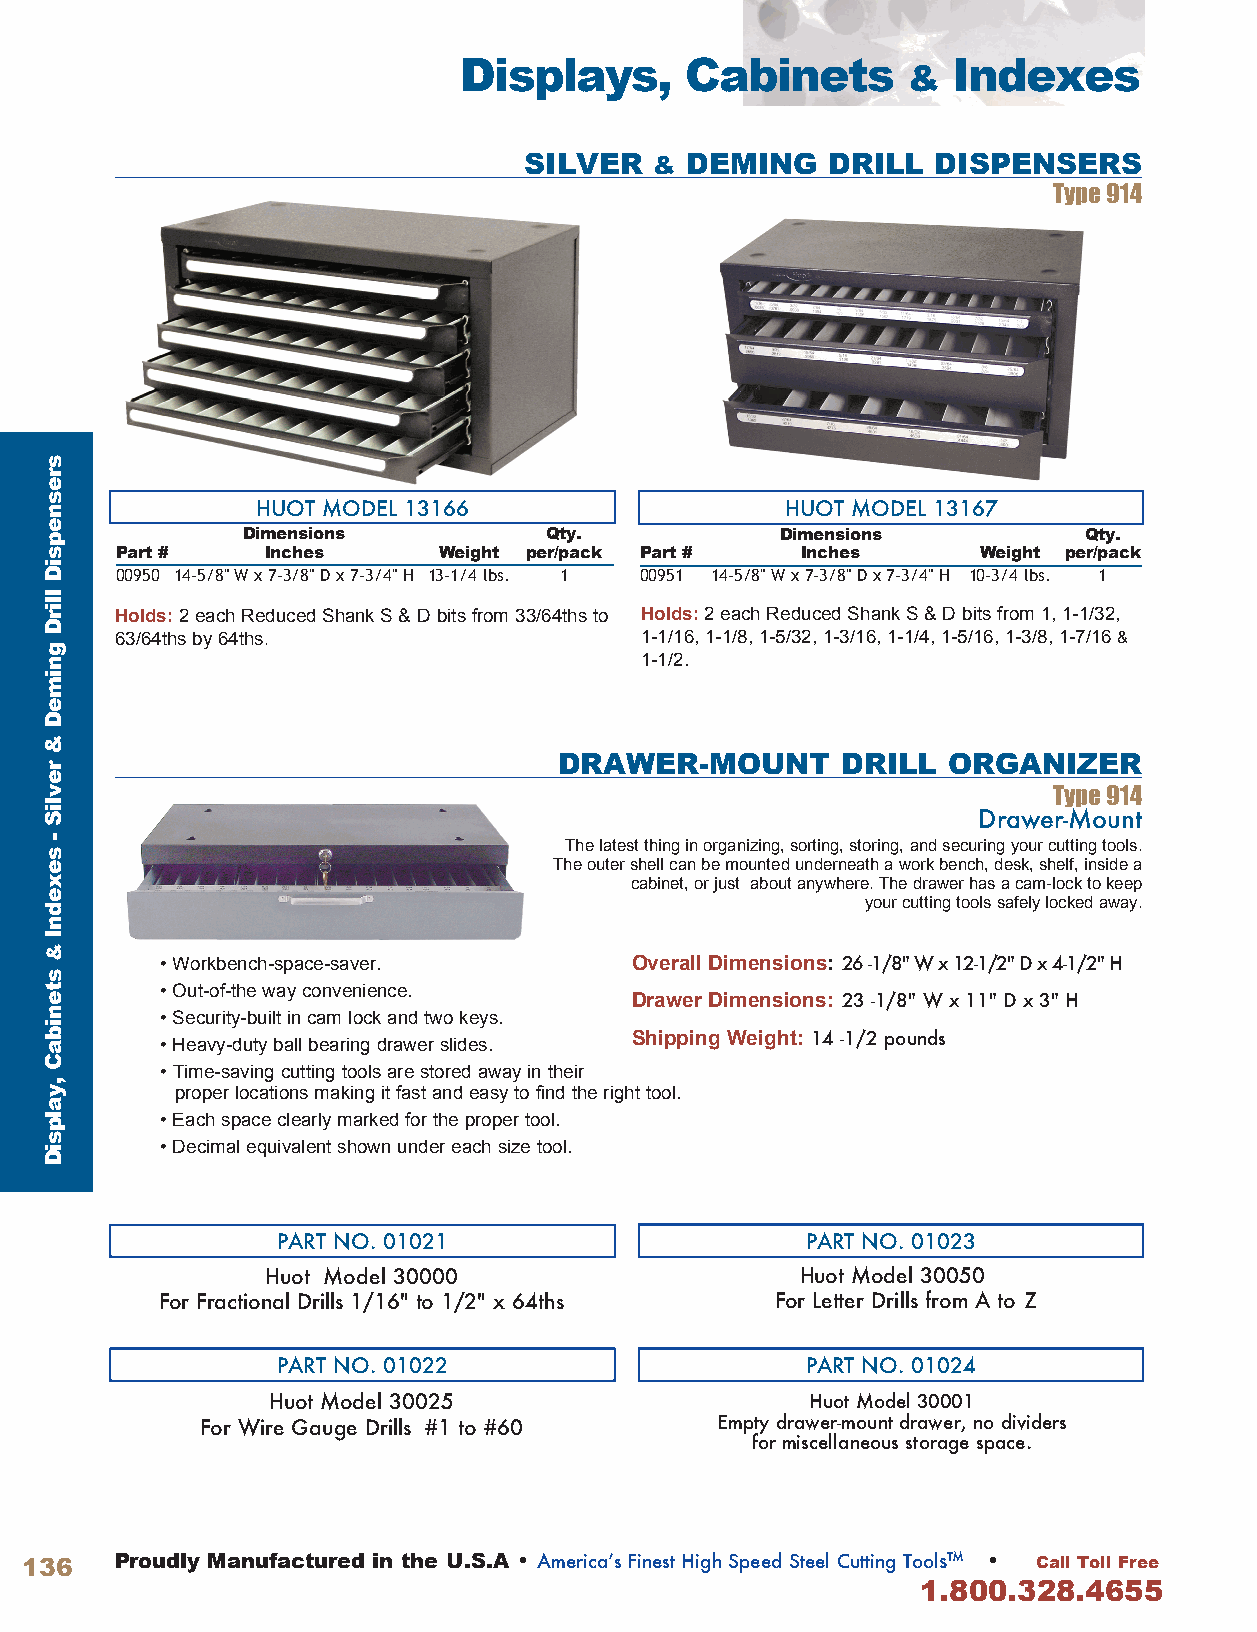
Displays,      Cabinets          Indexes
 &
 SILVER  & DEMING    DRILL  DISPENSERS
 Type 914
 HUOT MODEL 13166                   HUOT MODEL 13167
 Dimensions          Qty.            Dimensions          Qty.
 Part #    Inches     Weight per/pack Part #  Inches      Weight per/pack
 00950 14-5/8" W x 7-3/8" D x 7-3/4" H 13-1/4 lbs. 1 00951 14-5/8" W x 7-3/8" D x 7-3/4" H 10-3/4 lbs. 1
 Holds: 2 each Reduced Shank S & D bits from 33/64ths to Holds: 2 each Reduced Shank S & D bits from 1, 1-1/32,
 63/64ths by 64ths .               1-1/16, 1-1/8, 1-5/32, 1-3/16, 1-1/4, 1-5/16, 1-3/8, 1-7/16 &
 1-1/2 .
 DRAWER-MOUNT       DRILL  ORGANIZER
 Type 914
 Drawer-Moun t
 The latest thing in organizing, sorting, storing, and securing your cutting tools .
 The outer shell can be mounted underneath a work bench, desk, shelf, inside a
 cabinet, or just about anywhere . The drawer has a cam-lock to keep
 your cutting tools safely locked away .
 • Workbench-space-saver .      Overall Dimensions: 26 -1/8" W x 12-1/2" D x 4-1/2" H
 • Out-of-the way convenience .
 Drawer Dimensions: 23 -1/8" W x 11" D x 3" H
 • Security-built in cam lock and two keys .
 Shipping Weight: 14 -1/2 pounds
 • Heavy-duty ball bearing drawer slides .
 • Time-saving cutting tools are stored away in their
 proper locations making it fast and easy to find the right tool .
 • Each space clearly marked for the proper tool .
 • Decimal equivalent shown under each size tool .
 PART NO. 01021                     PART NO. 01023
 Huot Model 30000                   Huot Model 30050
 For Fractional Drills 1/16" to 1/2" x 64ths For Letter Drills from A to Z
 PART NO. 01022                     PART NO. 01024
 Huot Model 30025                    Huot Model 30001
 For Wire Gauge Drills #1 to #60   Empty drawer-mount drawer, no dividers
 for miscellaneous storage space.
 136    Proudly Manufactured in the U.S.A • America’s Finest High Speed Steel Cutting Tools™ • Call Toll Free
 1.800.328.4655
 sresnepsiD
 llirD
 gnimeD
 &
 revliS
 -
 sexednI
 &
 stenibaC
 ,yalpsiD